system: You are a helpful assistant.
user:
Analyze the provided spectrum to determine if it is a **Carbon Star (C-type)**.

- **Key Visual Indicators of Carbon Star:**
    - **(Primary):** Strong molecular absorption from **C₂ (diatomic carbon) "Swan Bands."** This is the **defining feature** of a carbon star.
        - **(Key Bandheads):** Sharp absorption edges are visible at approximately $5635$ Å, $5165$ Å (the strongest band), and $4737$ Å.
        - **(Line Profile):** Creates a distinct **"saw-tooth"** pattern. The key morphology is a sharp, steep bandhead on the **red (long-wavelength) side**, which then gradually tapers off (i.e., flux recovers) towards the **blue (short-wavelength) side**. *(This is the direct opposite of the TiO bands seen in M-type stars)*.

    - **(Secondary):** Intense **CN (cyanogen)** molecular absorption bands.
        - **(Key Bandheads):** Located in the blue and violet regions of the spectrum (e.g., near $4215$ Å and $3883$ Å).
        - **(Morphology):** These bands are extremely broad and act as a "blanket," absorbing the vast majority of blue and violet light. This creates a characteristic **"cliff"** or **"steep drop-off"** in the spectrum's flux at short wavelengths.

    - **(Key Confirmation):** Strong **CH absorption band (G-band)**.
        - **(Key Bandhead):** Located around $4300$ Å. The contribution from CH molecules to this band is exceptionally strong.

    - **(Overall Spectrum):**
        - The continuum is severely "chopped up" by these deep molecular bands, especially C₂, rather than appearing as a smooth curve.
        - Due to the heavy CN and C₂ absorption in the blue-green, the vast majority of the star's flux is concentrated in the red part of the spectrum, giving the star its characteristic deep red color.

Think first, call **spectral_visualization_tool** if needed to examine features in detail, then provide your final answer. Your response must adhere to the following strict rules:
1.  **Overall Structure:** Your response must follow the format `<think>...</think> <tool_call>...</tool_call> (if a tool is used) <answer>...</answer>`.
2.  **Tool Usage Constraint:** You may only make **one** tool call per turn.
3.  **Final Answer Format:** In the `<answer>` tag, your conclusion must be inside a `\boxed{}` command (e.g., `\boxed{YES}`), followed by your justification.

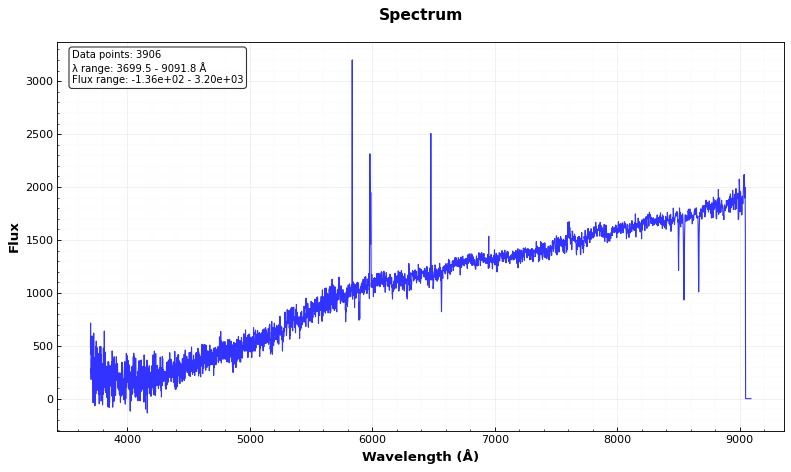
Answer: NO